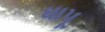
ધાપૂ